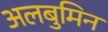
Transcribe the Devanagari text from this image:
अलबुमिन